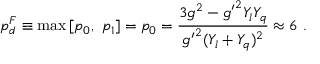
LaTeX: p _ { d } ^ { F } \equiv \operatorname * { m a x } { [ p _ { 0 } , ~ p _ { 1 } ] } = p _ { 0 } = \frac { 3 g ^ { 2 } - { g ^ { \prime } } ^ { 2 } Y _ { l } Y _ { q } } { { g ^ { \prime } } ^ { 2 } ( Y _ { l } + Y _ { q } ) ^ { 2 } } \approx 6 ~ .